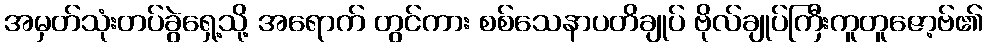
အမှတ်သုံးတပ်ခွဲရှေ့သို့ အရောက် တွင်ကား စစ်သေနာပတိချုပ် ဗိုလ်ချုပ်ကြီးကူတူဇော့ဗ်၏